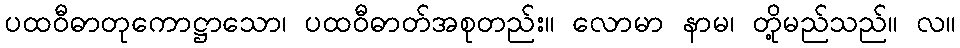
ပထဝီဓာတုကောဋ္ဌာသော၊ ပထဝီဓာတ်အစုတည်း။ လောမာ နာမ၊ တို့မည်သည်။ လ။